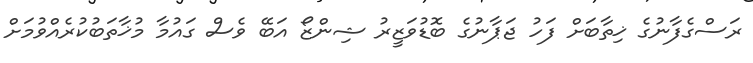
ރަސްގެފާނުގެ ޚިތާބަށް ފަހު ޖަޕާނުގެ ބޮޑުވަޒީރު ޝިންޒޯ އަބޭ ވެސް ގައުމާ މުޚާތަބުކުރެއްވުމަށް